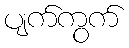
ပျက်ကွက်